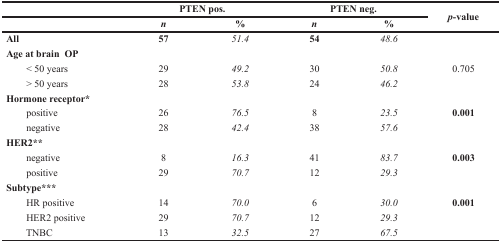
<table><thead><tr><td>[EMPTY_CELL]</td><td colspan="2"><b>PTEN pos.</b></td><td colspan="2"><b>PTEN neg.</b></td><td rowspan="2"><b><i>p</i>-value</b></td></tr><tr><td>[EMPTY_CELL]</td><td><b><i>n</i></b></td><td><b>%</b></td><td><b><i>n</i></b></td><td><b>%</b></td></tr></thead><tbody><tr><td><b>All</b></td><td><b>57</b></td><td><i>51.4</i></td><td><b>54</b></td><td><i>48.6</i></td><td>[EMPTY_CELL]</td></tr><tr><td colspan="6"><b>Age at brain OP</b></td></tr><tr><td> &lt; 50 years</td><td>29</td><td><i>49.2</i></td><td>30</td><td><i>50.8</i></td><td>0.705</td></tr><tr><td> &gt; 50 years</td><td>28</td><td><i>53.8</i></td><td>24</td><td><i>46.2</i></td><td>[EMPTY_CELL]</td></tr><tr><td colspan="6"><b>Hormone receptor*</b></td></tr><tr><td> positive</td><td>26</td><td><i>76.5</i></td><td>8</td><td><i>23.5</i></td><td><b>0.001</b></td></tr><tr><td> negative</td><td>28</td><td><i>42.4</i></td><td>38</td><td><i>57.6</i></td><td>[EMPTY_CELL]</td></tr><tr><td colspan="6"><b>HER2<sup>*</sup>*</b></td></tr><tr><td> negative</td><td>8</td><td><i>16.3</i></td><td>41</td><td><i>83.7</i></td><td><b>0.003</b></td></tr><tr><td> positive</td><td>29</td><td><i>70.7</i></td><td>12</td><td><i>29.3</i></td><td>[EMPTY_CELL]</td></tr><tr><td colspan="6"><b>Subtype<sup>**</sup>*</b></td></tr><tr><td> HR positive</td><td>14</td><td><i>70.0</i></td><td>6</td><td><i>30.0</i></td><td><b>0.001</b></td></tr><tr><td> HER2 positive</td><td>29</td><td><i>70.7</i></td><td>12</td><td><i>29.3</i></td><td>[EMPTY_CELL]</td></tr><tr><td> TNBC</td><td>13</td><td><i>32.5</i></td><td>27</td><td><i>67.5</i></td><td>[EMPTY_CELL]</td></tr></tbody></table>